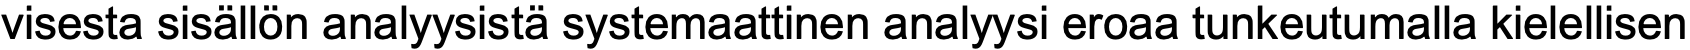
visesta sisällön analyysistä systemaattinen analyysi eroaa tunkeutumalla kielellisen